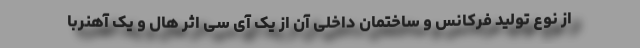
از نوع تولید فرکانس و ساختمان داخلی آن از یک آی سی اثر هال و یک آهنربا